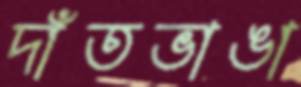
দাঁতভাঙা